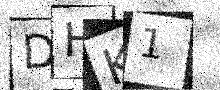
Text: DHK1